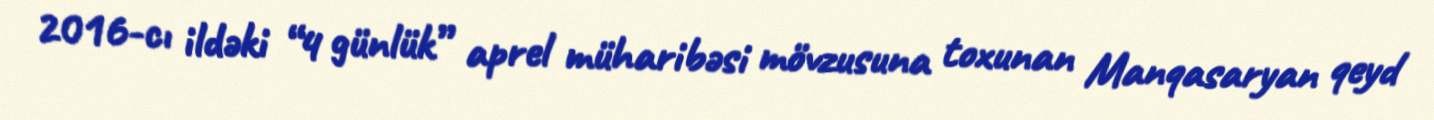
2016-cı ildəki “4 günlük” aprel müharibəsi mövzusuna toxunan Manqasaryan qeyd